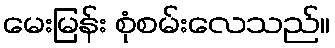
မေးမြန်း စုံစမ်းလေသည်။